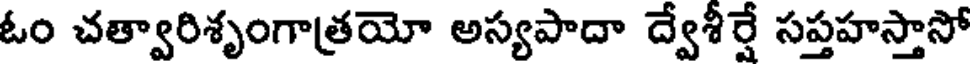
ఓం చత్వారిశృంగాత్రయో అస్యపాదా ద్వేశీర్షే సప్తహస్తాసో